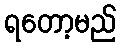
ရတော့မည်